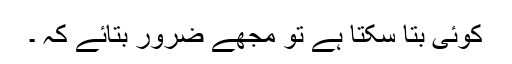
کوئی بتا سکتا ہے تو مجھے ضرور بتائے کہ ۔